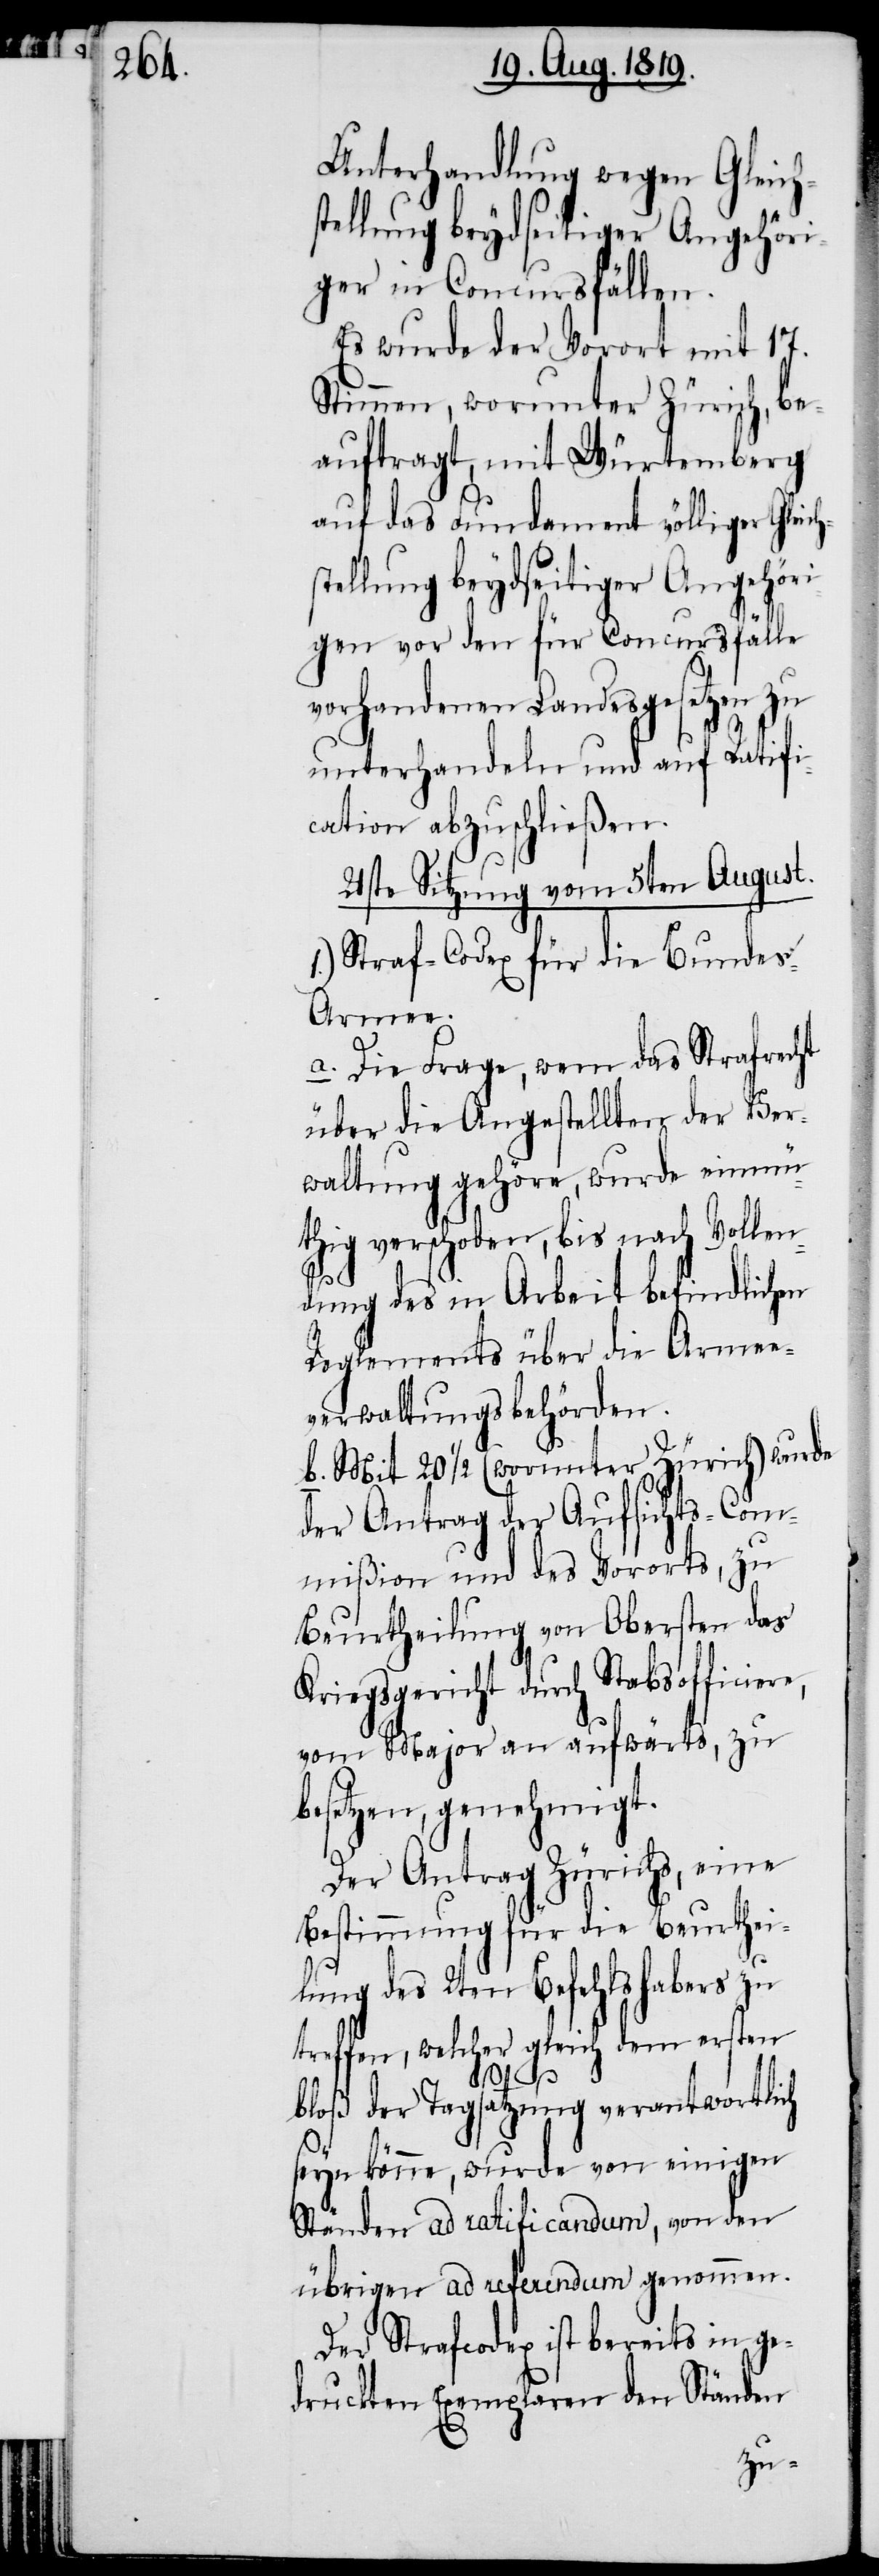
Unterhandlung wegen Gleich¬
ger in Concursfällen.
Es wurde der Vorort mit 17.
Stimmen, worunter Zürich, be¬
auftragt, mit Würtemberg
auf das Fundament völliger Gleic¬
stellung beydseitiger Angehöri¬
gen vor den für Concursfälle
vorhandenen Landesgesetzen zu
unterhandeln und auf Ratifi¬
cation abzuschließen.
21ste Sitzung vom 5ten August.
1.) Straf-Codex für die Bunde¬
s-Armee.
a. Die Frage, wem das Strafrecht
über die Angestellten der Ver¬
waltung gehöre, wurde einmü¬
thig verschoben, bis nach Vollen¬
dung des in Arbeit befindlichen
Reglements über die Armee¬
verwaltungsbehörden.
b. Mit 20 ½ (worunter Zürich) wurde
der Antrag der Aufsichts-Com¬
mißion und des Vororts, zu
Beurtheilung von Obersten das
Kriegsgericht durch Stabsofficiere,
vom Major an aufwärts, zu
besetzen, genehmigt.
Der Antrag Zürichs, eine
Bestimmung für die Beurthei¬
lung des 2ten Befehlshabers zu
treffen, welcher gleich dem ersten
bloß der Tagsatzung verantwortlich
h¬
seyn könne, wurde von einigen
Ständen ad ratificandum, von den
übrigen ad referendum genommen.
Der Strafcodex ist bereits in ge¬
druckten Exemplaren den Ständen